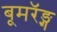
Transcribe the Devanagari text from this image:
बूमरॅङ्ग